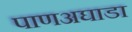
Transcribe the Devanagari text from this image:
पाणअघाडा